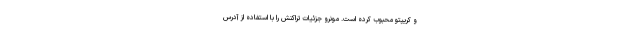
و کریپتو محبوب کرده است. مونرو جزئیات تراکنش را با استفاده از آدرس